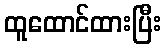
ထူထောင်ထားပြီး